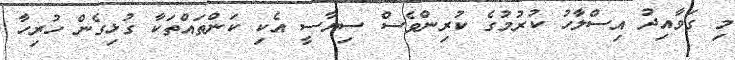
މި ގަވާއިދު އިސްލާހު ކުރުމުގެ ކުރިންވެސް ސިޔާސީ އެކި ކަންތައްތަކާ ގުޅިގެން ހުރިހާ